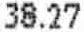
38.27